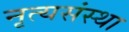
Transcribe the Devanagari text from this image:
नृत्यसंस्था